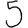
Digit: 5